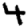
Digit: 4